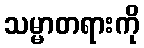
သမ္မာတရားကို